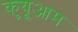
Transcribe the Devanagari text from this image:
कुयूआम